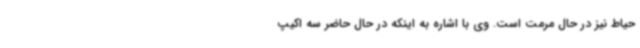
حیاط نیز در حال مرمت است. وی با اشاره به اینکه در حال حاضر سه اکیپ